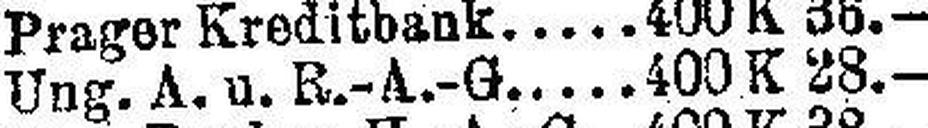
Ung. A. u. R.-A.-G. 400 K 28.—